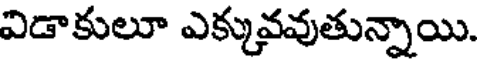
విడాకులూ ఎక్కువవుతున్నాయి.